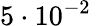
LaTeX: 5\cdot 10^{-2}~\